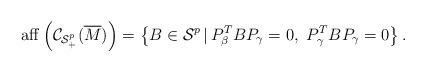
LaTeX: \begin{align*}{\rm aff}\left({\cal C}_{{\cal S}_+^p}(\overline{M})\right)=\left\{B \in {\cal S}^p \, | \, P_{\beta }^T BP_{\gamma} = 0, \ P_{\gamma}^TBP_{\gamma } = 0 \right\}.\end{align*}